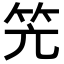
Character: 𮅂